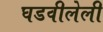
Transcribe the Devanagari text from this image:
घडवीलेली